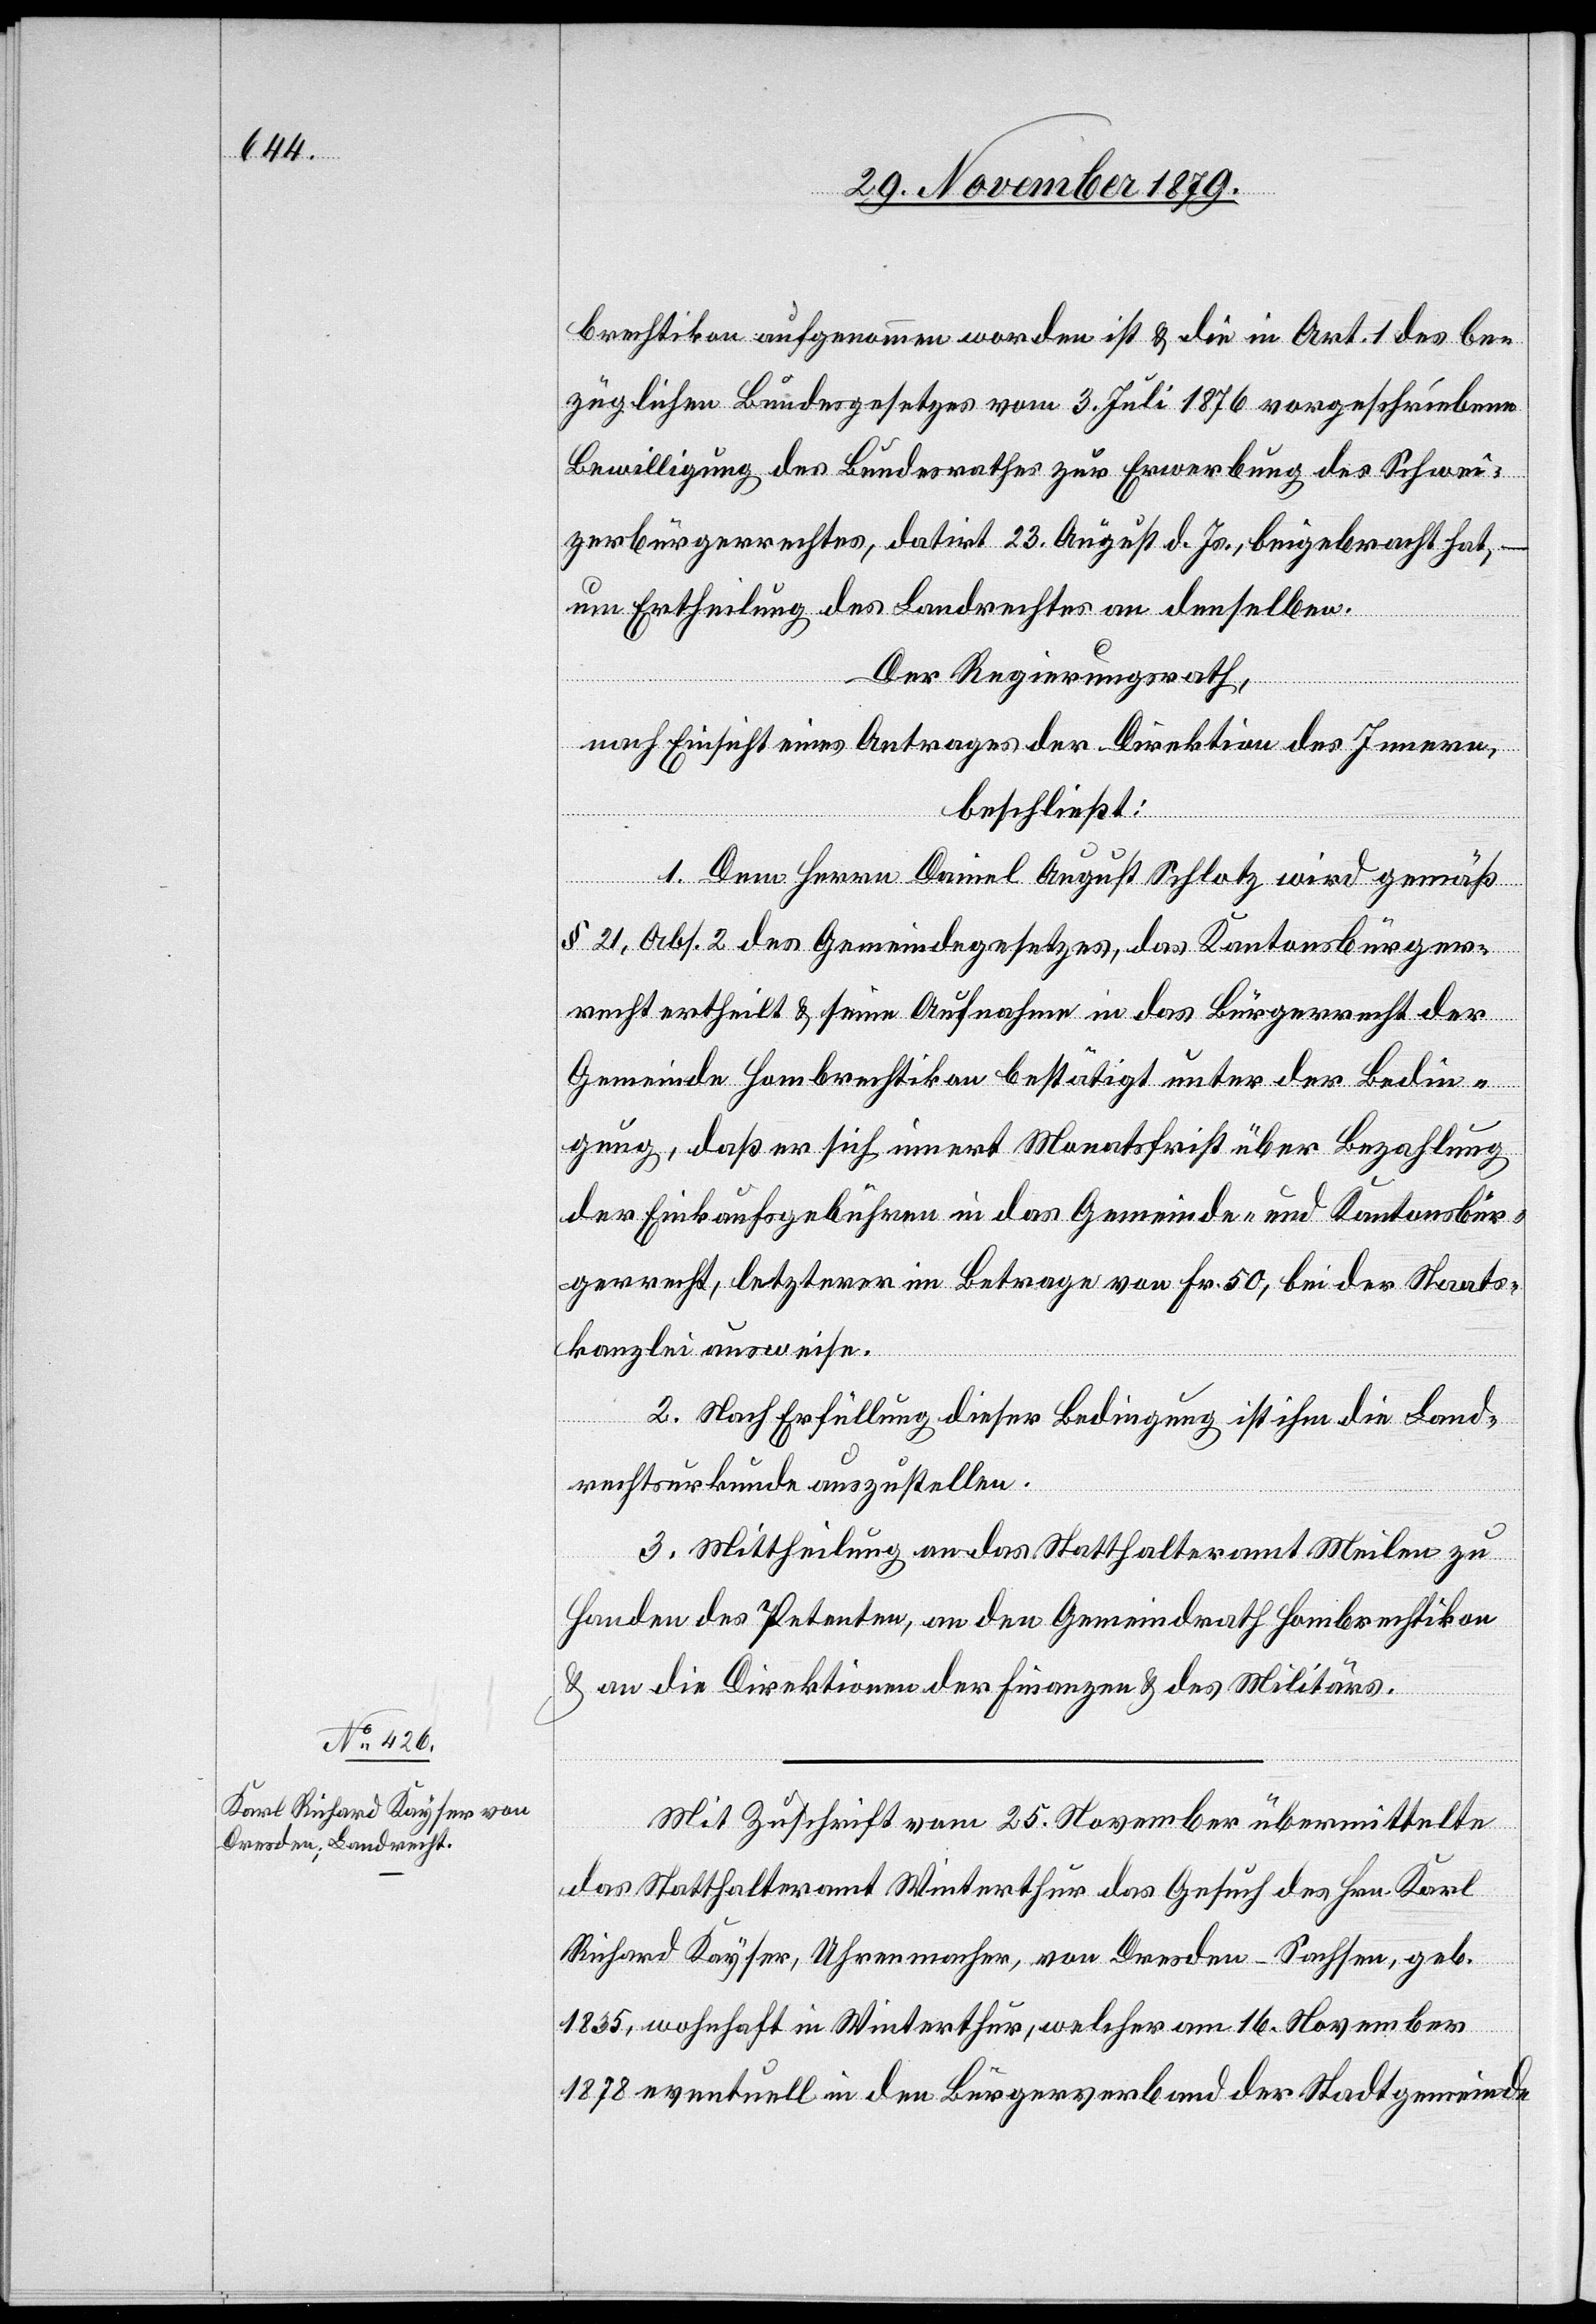
brechtikon aufgenommen worden ist & die in Art. 1 des be¬
züglichen Bundesgesetzes vom 3. Juli 1876 vorgeschriebene
Bewilligung des Bundesrathes zur Erwerbung des Schwei¬
zerbürgerrechtes, datirt 23. August d. Js., beigebracht hat, –
um Ertheilung des Landrechtes an denselben.
Der Regierungsrath,
nach Einsicht eines Antrages der Direktion des Innern,
beschließt:
1. Dem Herrn Daniel August Schlotz wird gemäß
§ 21, Abs. 2 des Gemeindegesetzes, das Kantonsbürger¬
recht ertheilt & seine Aufnahme in das Bürgerrecht der
Gemeinde Hombrechtikon bestätigt unter der Bedin¬
gung daß er sich innert Monatsfrist über Bezahlung
der Einkaufsgebühren in das Gemeinde- und Kantonsbür¬
gerrecht, letzterer im Betrage von Fr. 50, bei der Staats¬
kanzlei ausweise.
2. Nach Erfüllung dieser Bedingung ist ihm die Land¬
rechtsurkunde auszustellen.
3. Mittheilung an das Statthalteramt Meilen zu
Handen des Petenten, an den Gemeindrath Hombrechtikon
& an die Direktionen der Finanzen & des Militärs.
Mit Zuschrift vom 25. November übermittelte
das Statthalteramt Winterthur das Gesuch des Hrn. Karl
Richard Kayser, Uhrenmacher, von Dresden - Sachsen, geb.
1835, wohnhaft in Winterthur, welcher am 16. November
1878 eventuell in den Bürgerverband der Stadtgemeinde